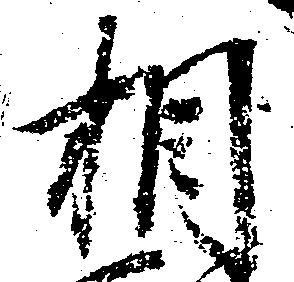
相